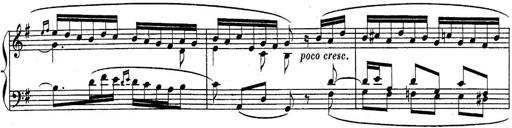
Title: Sonatina for Piano
Composer: BÃ©la BartÃ³k